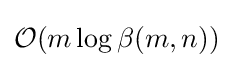
{\mathcal {O}}(m\log \beta (m,n))